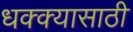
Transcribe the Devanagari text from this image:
धक्क्यासाठी